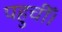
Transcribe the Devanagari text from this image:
पहुचीँ।